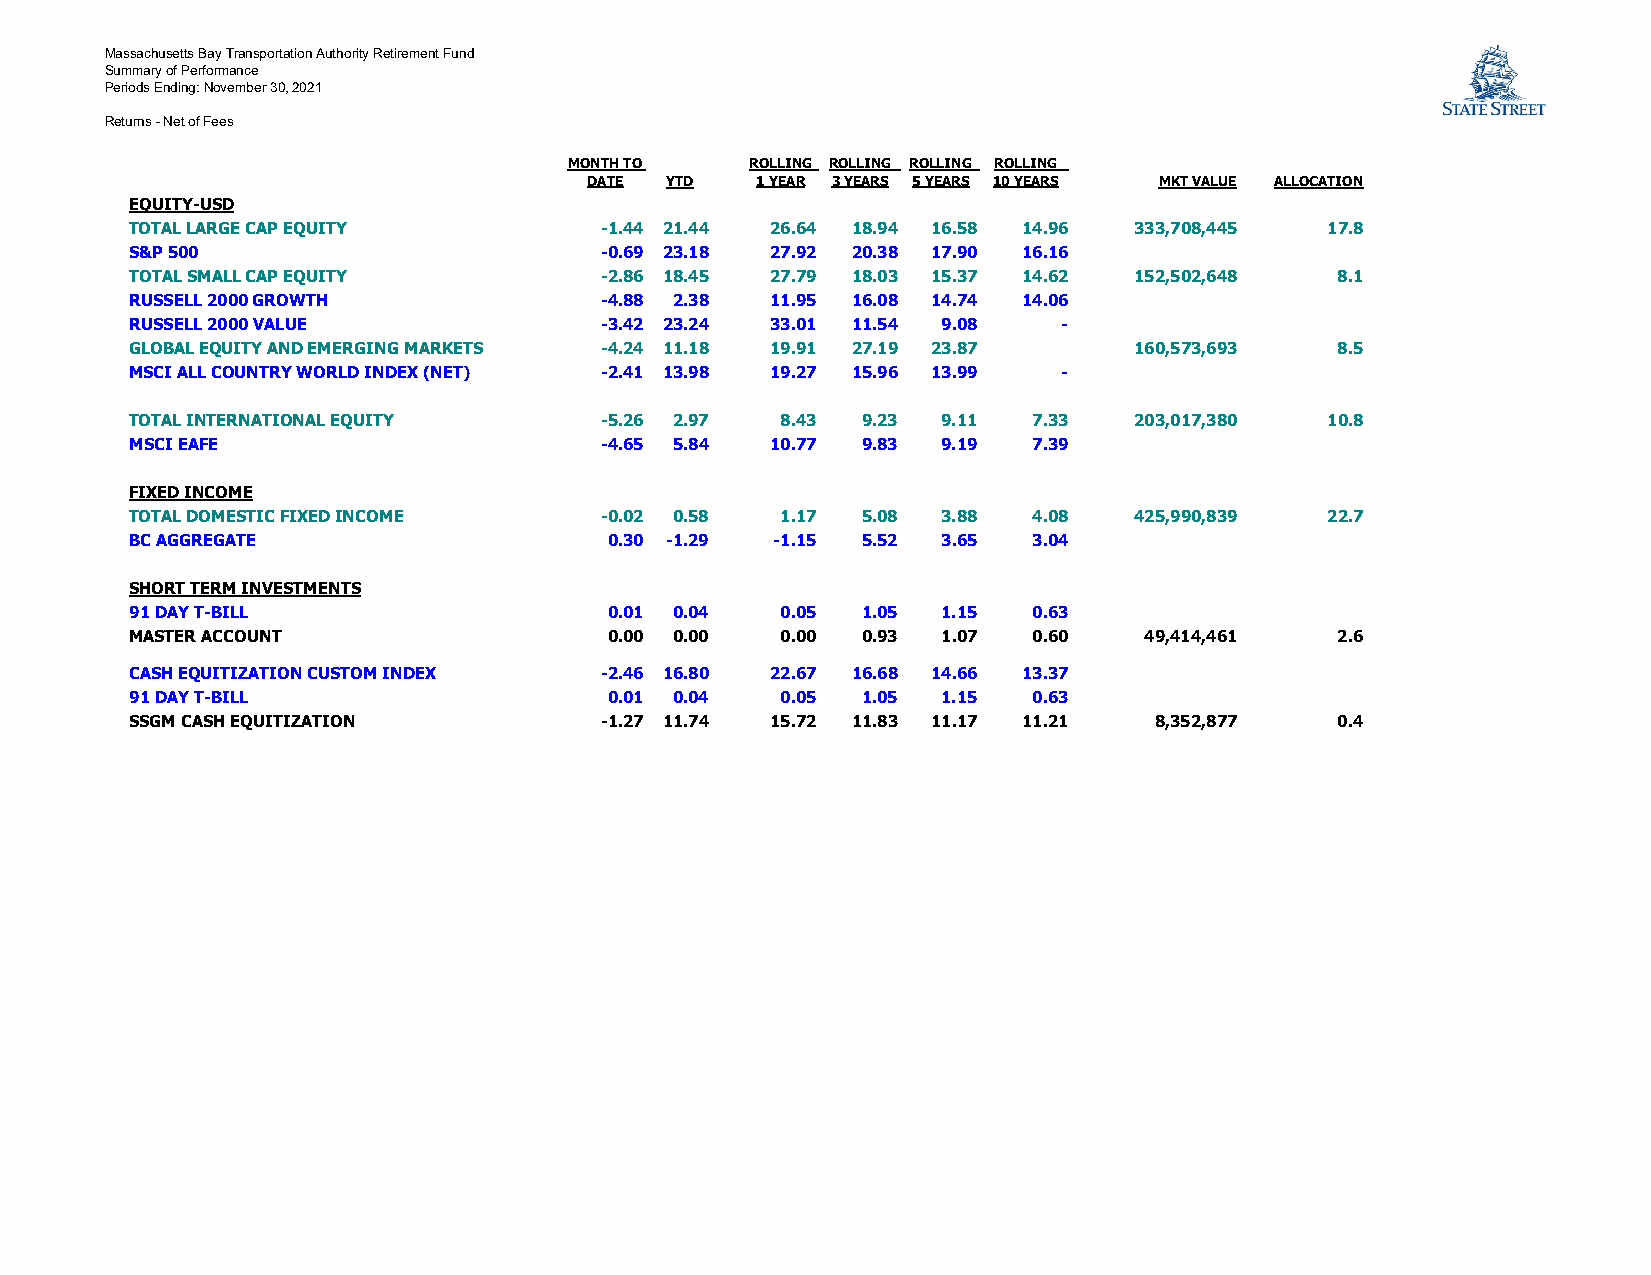
Massachusetts Bay Transportation Authority Retirement Fund
 Summary of Performance
 Periods Ending: November 30, 2021
 Returns - Net of Fees
 MONTH TO    ROLLING ROLLING ROLLING ROLLING
 DATE YTD   1 YEAR 3 YEARS 5 YEARS 10 YEARS MKT VALUE ALLOCATION
 EQUITY-USD
 TOTAL LARGE CAP EQUITY         -1.44 21.44 26.64 18.94 16.58 14.96 333,708,445 17.8
 S&P 500                        -0.69 23.18 27.92 20.38 17.90 16.16
 TOTAL SMALL CAP EQUITY         -2.86 18.45 27.79 18.03 15.37 14.62 152,502,648 8.1
 RUSSELL 2000 GROWTH            -4.88 2.38 11.95 16.08 14.74 14.06
 RUSSELL 2000 VALUE             -3.42 23.24 33.01 11.54 9.08  -
 GLOBAL EQUITY AND EMERGING MARKETS -4.24 11.18 19.91 27.19 23.87  160,573,693  8.5
 MSCI ALL COUNTRY WORLD INDEX (NET) -2.41 13.98 19.27 15.96 13.99 -
 TOTAL INTERNATIONAL EQUITY     -5.26 2.97  8.43 9.23 9.11  7.33   203,017,380  10.8
 MSCI EAFE                      -4.65 5.84 10.77 9.83 9.19  7.39
 FIXED INCOME
 TOTAL DOMESTIC FIXED INCOME    -0.02 0.58  1.17 5.08 3.88  4.08   425,990,839  22.7
 BC AGGREGATE                   0.30 -1.29 -1.15 5.52 3.65  3.04
 SHORT TERM INVESTMENTS
 91 DAY T-BILL                  0.01 0.04   0.05 1.05 1.15  0.63
 MASTER ACCOUNT                 0.00 0.00   0.00 0.93 1.07  0.60    49,414,461  2.6
 CASH EQUITIZATION CUSTOM INDEX -2.46 16.80 22.67 16.68 14.66 13.37
 91 DAY T-BILL                  0.01 0.04   0.05 1.05 1.15  0.63
 SSGM CASH EQUITIZATION         -1.27 11.74 15.72 11.83 11.17 11.21 8,352,877   0.4